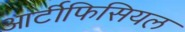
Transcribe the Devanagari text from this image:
आर्टीफिसियल